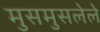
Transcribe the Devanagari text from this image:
मुसमुसलेले